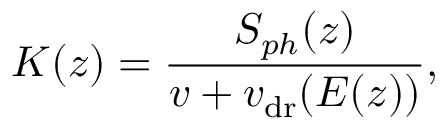
K ( z ) = \frac { S _ { p h } ( z ) } { v + v _ { \mathrm { d r } } ( E ( z ) ) } ,